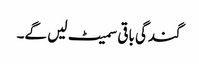
گندگی باقی سمیٹ لیں گے۔